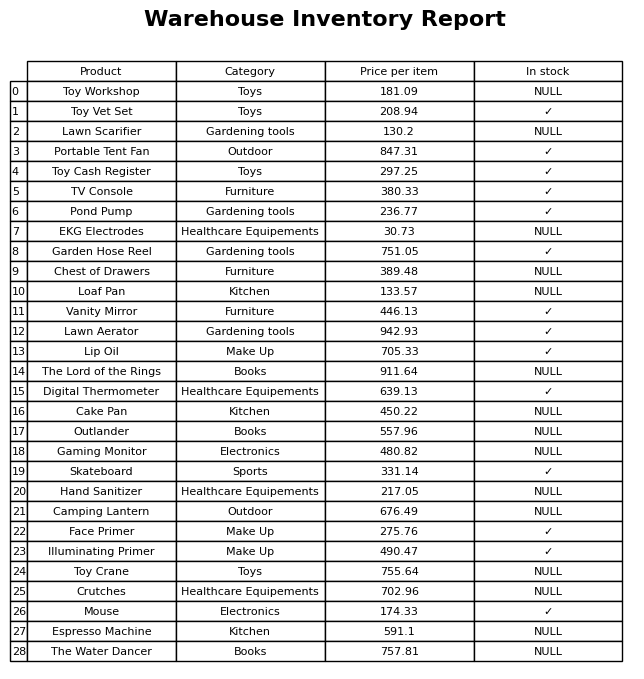
question: Is the Hand Sanitizer in stock?
answer: NULL